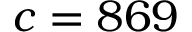
c = 8 6 9